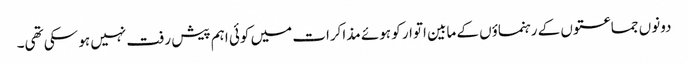
دونوں جماعتوں کے رہنماؤں کے مابین اتوار کو ہوئے مذاکرات میں کوئی اہم پیش رفت نہیں ہو سکی تھی۔